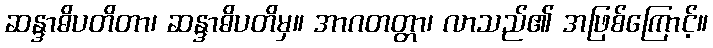
ဆန္ဒာဓိပတိတာ၊ ဆန္ဒာဓိပတိမှ။ အာဂတတ္တာ၊ လာသည်၏ အဖြစ်ကြောင့်။